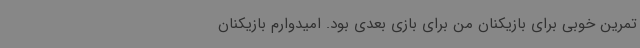
تمرین خوبی برای بازیکنان من برای بازی بعدی بود. امیدوارم بازیکنان